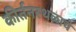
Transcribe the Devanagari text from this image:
कीर्तनस्थळाचे